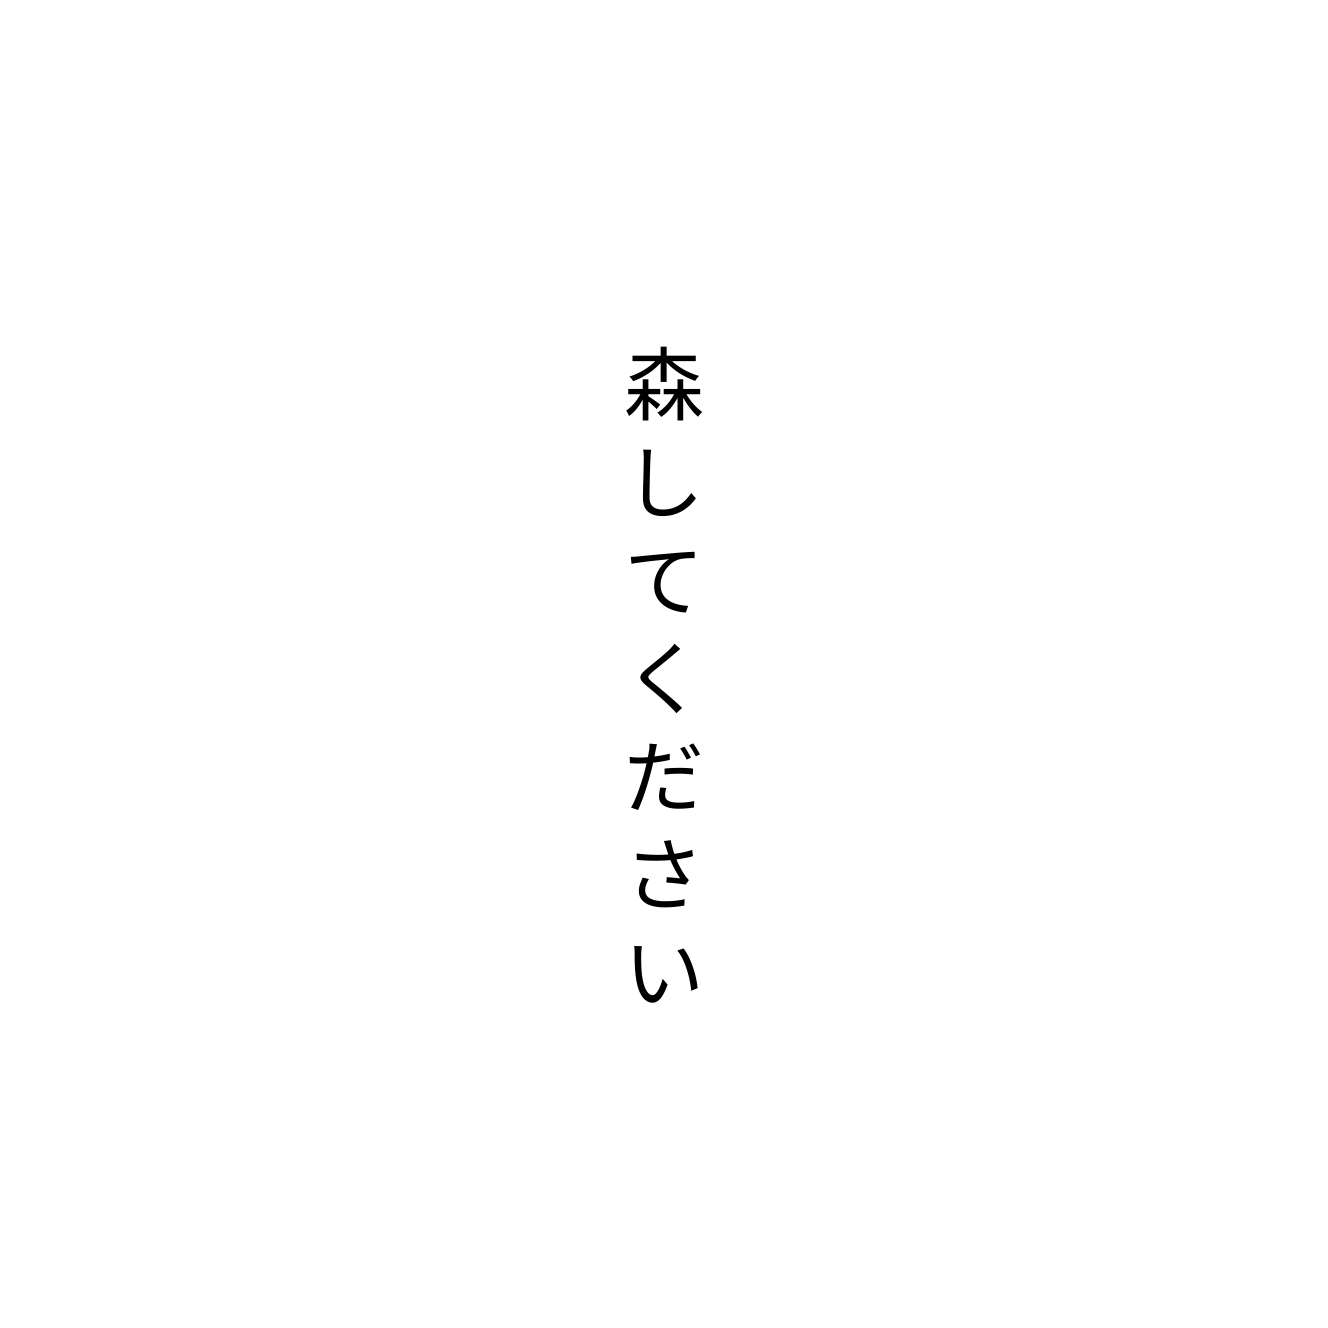
森してください